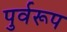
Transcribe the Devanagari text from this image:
पुर्वरूप